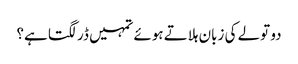
دو تولے کی زبان ہلاتے ہوئے تمہیں ڈر لگتا ہے؟